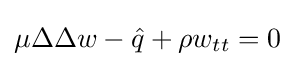
\mu \Delta \Delta w-{\hat {q}}+\rho w_{tt}=0